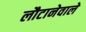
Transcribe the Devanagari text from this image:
लौटानेवाले